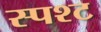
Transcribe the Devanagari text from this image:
स्पश्‍ट